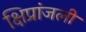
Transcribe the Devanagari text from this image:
क्षिप्रांजली